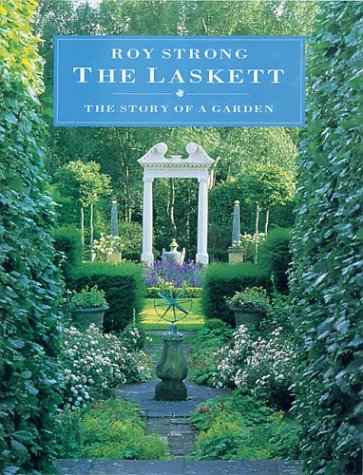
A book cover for The Laskett: The Story of a Garden; Roy Strong; Crafts, Hobbies & Home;